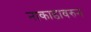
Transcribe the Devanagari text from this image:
नाकाडावरुन